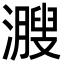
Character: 㵻